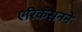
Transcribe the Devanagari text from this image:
एरिकसनने